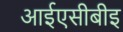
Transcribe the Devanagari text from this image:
आईएसीबीइ